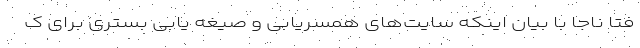
فتا ناجا با بیان اینکه سایت‌های همسریابی و صیغه یابی بستری برای ک